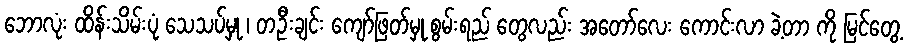
ဘောလုံး ထိန်းသိမ်းပုံ သေသပ်မှု ၊ တဦးချင်း ကျော်ဖြတ်မှု စွမ်းရည် တွေလည်း အတော်လေး ကောင်းလာ ခဲ့တာ ကို မြင်တွေ့